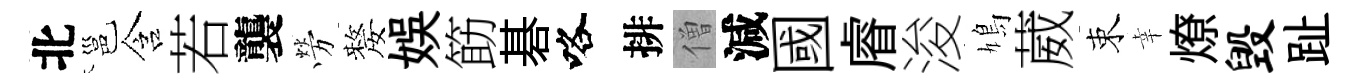
北邕含若襲勞嫠娱筯碁咯排僧減國𥈠浚鳩葳束幸燎毁趾